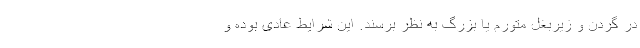
در گردن و زیربغل متورم یا بزرگ به نظر برسند. این شرایط عادی بوده و